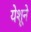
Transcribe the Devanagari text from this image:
येशूने